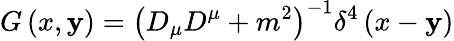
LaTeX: G\left(x,\mathbf{y}\right)=\left(D_{\mu}D^{\mu}+m^{2}\right)^{-1}\delta^{4}\left(x-\mathbf{y}\right)